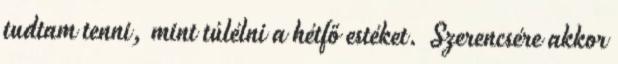
tudtam tenni, mint túlélni a hétfő estéket. Szerencsére akkor